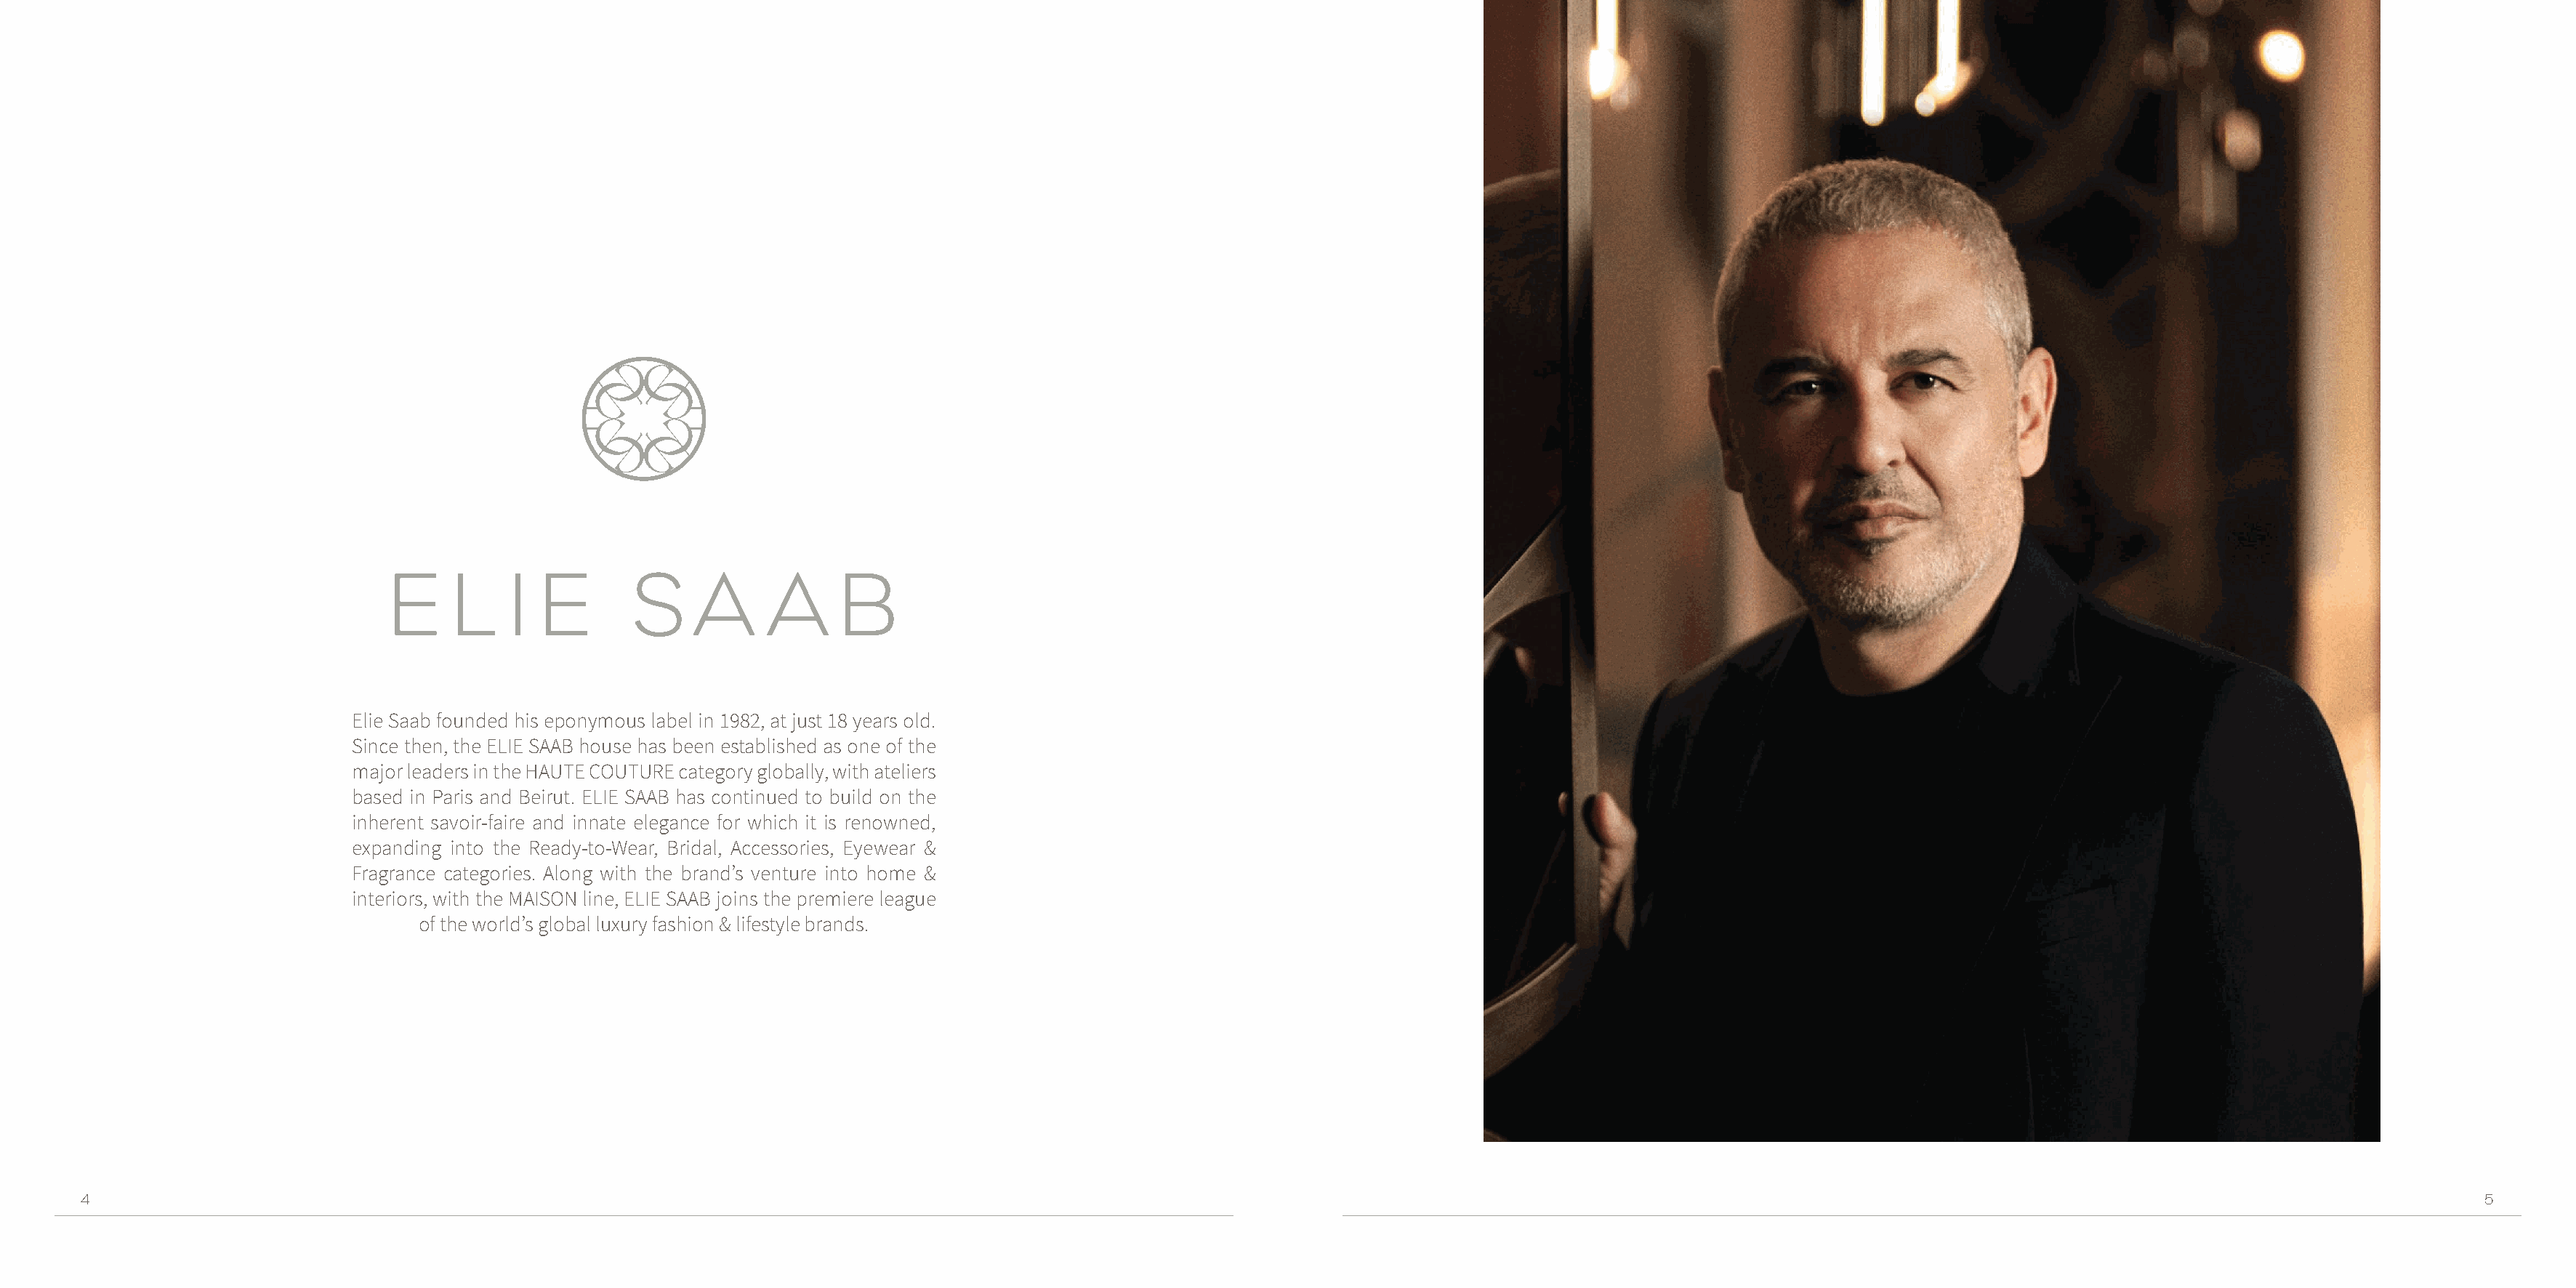
E     L    I  E       S     A      A     B
 Elie Saab founded his eponymous label in 1982, at just 18 years old.
 Since then, the ELIE SAAB house has been established as one of the
 major leaders in the HAUTE COUTURE category globally, with ateliers
 based in Paris and Beirut. ELIE SAAB has continued to build on the
 inherent savoir-faire and innate elegance for which it is renowned,
 expanding into the Ready-to-Wear, Bridal, Accessories, Eyewear &
 Fragrance categories. Along with the brand’s venture into home &
 interiors, with the MAISON line, ELIE SAAB joins the premiere league
 of the world’s global luxury fashion & lifestyle brands.
 4                                                                                                                                                                                                                          5